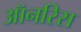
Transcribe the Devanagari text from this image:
ऑनरिस